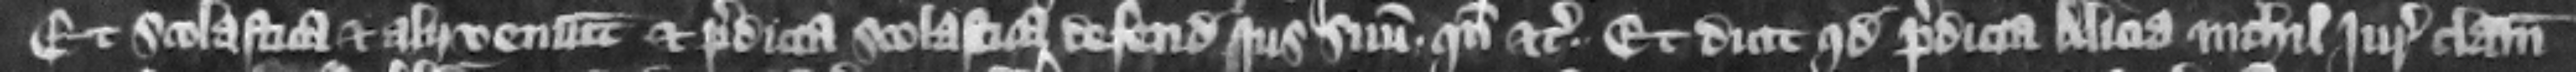
Et Scolastica et alii veniunt et predicta Scolastica defendit jus suum quando etc. et dicit quod predicta Alicia nichil uris clamare